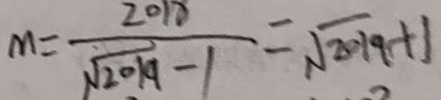
M = \frac { 2 0 1 8 } { \sqrt { 2 0 1 9 } - 1 } = \sqrt { 2 0 1 9 } + 1